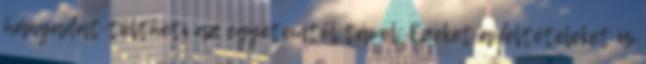
hányadát töltheti az egyetemtől távol. Ezeket a feltételeket is